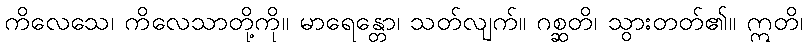
ကိလေသေ၊ ကိလေသာတို့ကို။ မာရေန္တော၊ သတ်လျက်။ ဂစ္ဆတိ၊ သွားတတ်၏။ ဣတိ၊